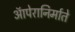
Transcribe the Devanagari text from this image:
ऑपेरानिर्माते